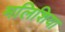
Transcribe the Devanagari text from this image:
मलिशिया